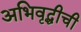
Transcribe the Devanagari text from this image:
अभिवृद्धीची